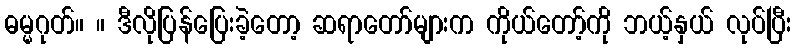
ဓမ္မဂုတ်။ ။ ဒီလိုပြန်ပြေးခဲ့တော့ ဆရာတော်များက ကိုယ်တော့်ကို ဘယ့်နှယ် လုပ်ပြီး